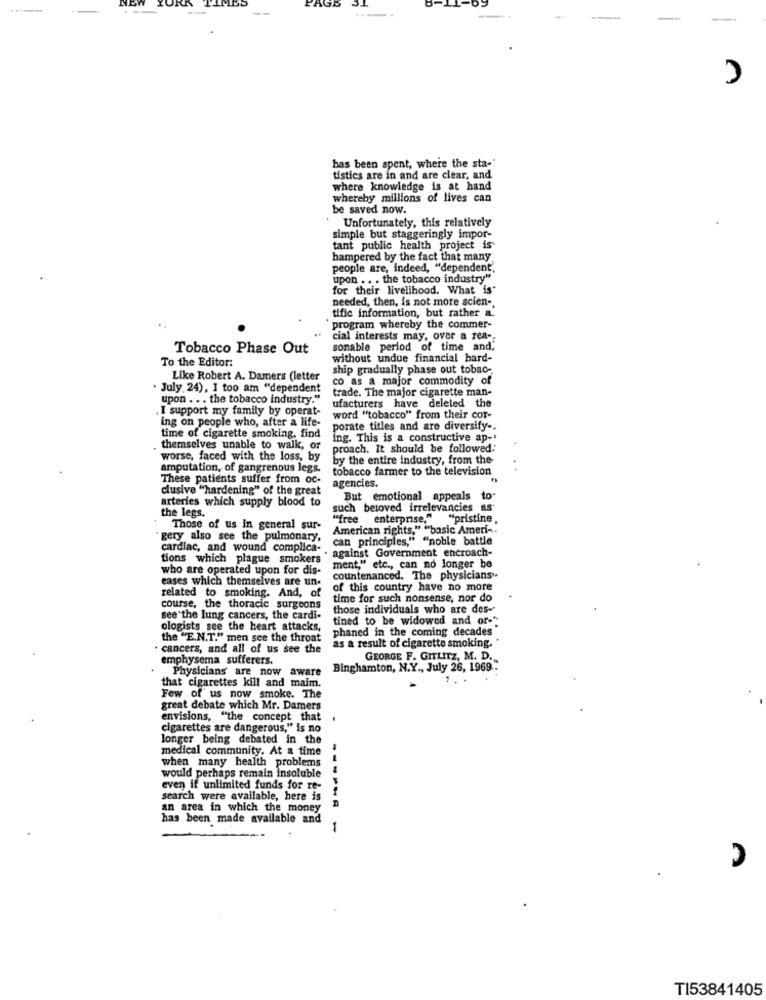
has been spent, where the sta-
tistics are in and are clear, and
where knowledge is at hand
whereby millions of lives can
be saved now.
Unfortunately, this relatively
simple but staggeringly impor-
tant public health project is
hampered by the fact that many
people are, indeed, "dependent
upon .. . the tobacco industry"
for their livelihood. What is"
needed, then, is not more scien-
tific information, but rather a
program whereby the commer-
cial interests may, over a rea-
Tobacco Phase Out
sonable period of time and,
without undue financial hard-
To the Editor:
ship gradually phase out tobac-
Like Robert A. Damers (letter
co as a major commodity of
July 24), I too am "dependent
trade. The major cigarette man-
upon ... the tobacco industry."
ufacturers have deleted the
. I support my family by operat-
ing on people who, after a life-
word "tobacco" from their cor-
porate titles and are diversify-
time of cigarette smoking, find
ing. This is a constructive ap-
themselves unable to walk, or
proach. It should be followed:
worse, faced with the loss, by
by the entire industry, from the
amputation, of gangrenous legs.
tobacco farmer to the television
These patients suffer from oc-
agencies.
clusive "hardening" of the great
arteries which supply blood to
But emotional appeals to
the legs.
such beloved irrelevancies as
"free enterprise," "pristine,
Those of us in general sur-
American rights," "basic Ameri -.
gery also see the pulmonary,
can principles," "noble battle
cardiac, and wound complica-
against Government encroach-
tions which plague smokers
who are operated upon for dis-
ment," etc ., can no longer be
eases which themselves are un.
countenanced. The physicians"
of this country have no more
related to smoking. And, of
time for such nonsense, nor do
course, the thoracic surgeons
those individuals who are des-
see the lung cancers, the cardi-
tined to be widowed and or-"
ologists see the heart attacks,
phaned in the coming decades
the "E.N.T." men see the throat
· cancers, and all of us see the
as a result of cigarette smoking.
emphysema sufferers.
GEORGE F. GITLITZ, M. D.
Physicians are now aware
Binghamton, N.Y ., July 26, 1969 ..
that cigarettes kill and maim.
Few of us now smoke. The
great debate which Mr. Damers
envisions, "the concept that
cigarettes are dangerous," is no
longer being debated in the
medical community. At a time
when many health problems
would perhaps remain insoluble
even if unlimited funds for re-
search were available, here is
an area in which the money
has been made available and
1
TI53841405